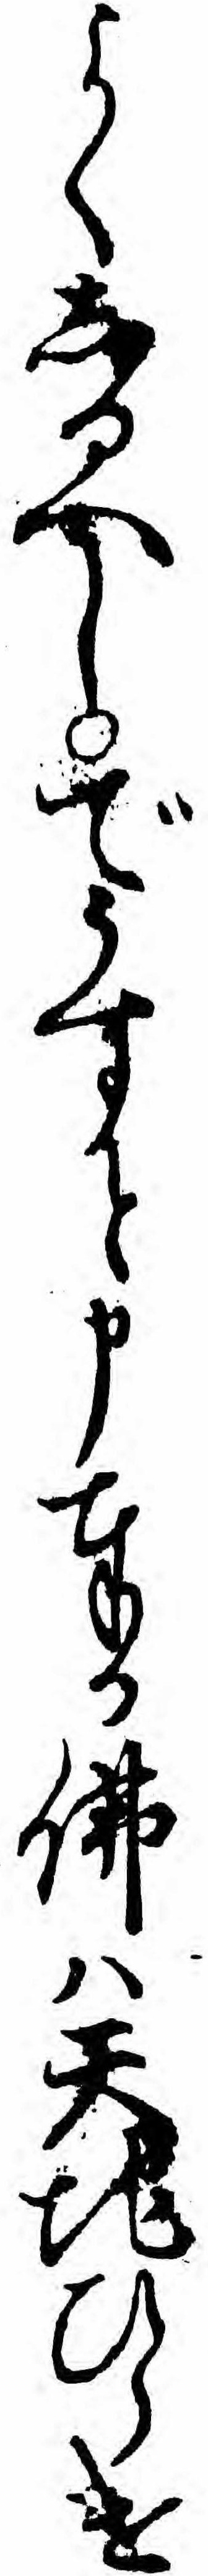
よくしるへしでうすと申奉る仏ハ天地ひらけ